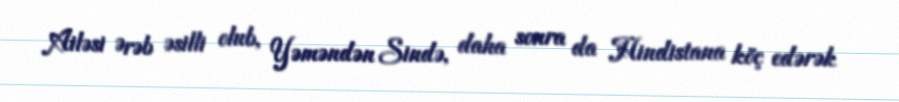
Ailəsi Ərəb əsilli olub, Yəməndən Sində, daha sonra da Hindistana köç edərək